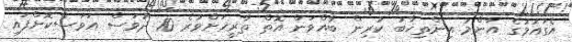
އެގައުމުގެ އާންމު އިންތިޚާބު ކުރިން ބާއްވަން އޮތް ތާރީޚަށްވުރެ 10 ދުވަސް އަވަސްކޮށްފައި